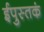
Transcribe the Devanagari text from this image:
ईपुस्तकं